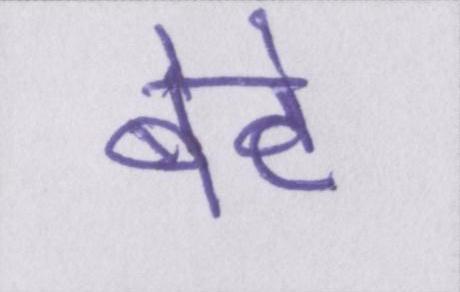
बेटे